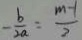
- \frac { b } { 2 a } = \frac { m - 1 } { 2 }